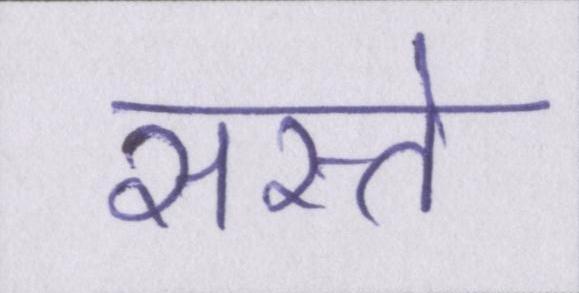
सस्ते